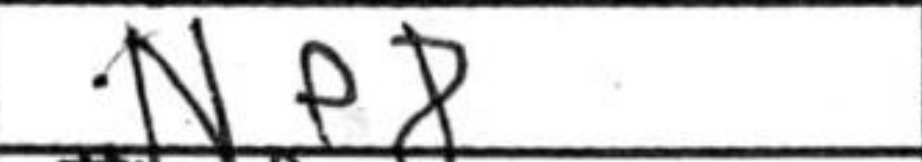
Transcription: Ne8